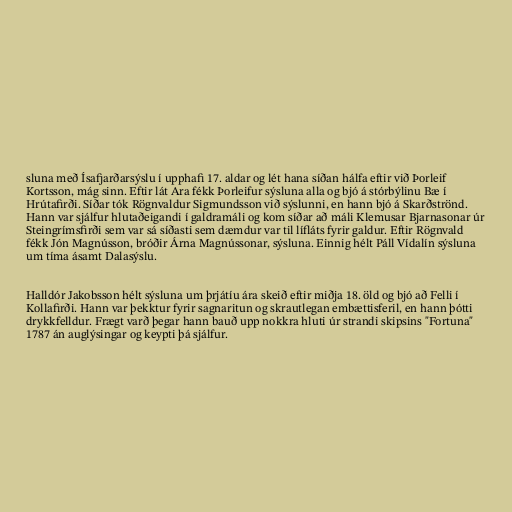
sluna með Ísafjarðarsýslu í upphafi 17. aldar og lét hana síðan hálfa eftir við Þorleif
Kortsson, mág sinn. Eftir lát Ara fékk Þorleifur sýsluna alla og bjó á stórbýlinu Bæ í
Hrútafirði. Síðar tók Rögnvaldur Sigmundsson við sýslunni, en hann bjó á Skarðströnd.
Hann var sjálfur hlutaðeigandi í galdramáli og kom síðar að máli Klemusar Bjarnasonar úr
Steingrímsfirði sem var sá síðasti sem dæmdur var til lífláts fyrir galdur. Eftir Rögnvald
fékk Jón Magnússon, bróðir Árna Magnússonar, sýsluna. Einnig hélt Páll Vídalín sýsluna
um tíma ásamt Dalasýslu.

Halldór Jakobsson hélt sýsluna um þrjátíu ára skeið eftir miðja 18. öld og bjó að Felli í
Kollafirði. Hann var þekktur fyrir sagnaritun og skrautlegan embættisferil, en hann þótti
drykkfelldur. Frægt varð þegar hann bauð upp nokkra hluti úr strandi skipsins "Fortuna"
1787 án auglýsingar og keypti þá sjálfur.